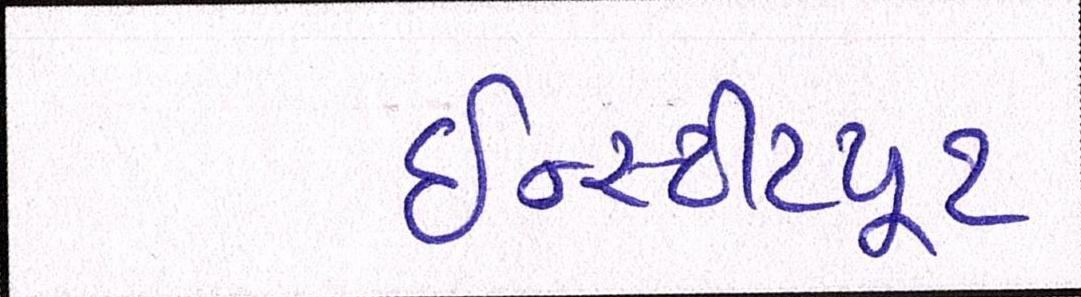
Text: ઇન્સ્ટીટયૂટ